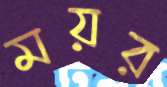
ময়র